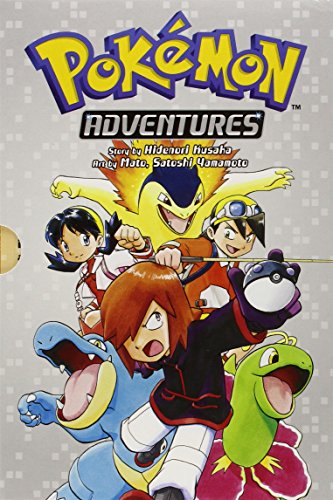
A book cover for Pokemon Adventures Gold & Silver Box Set (set includes Vol. 8-14); Hidenori Kusaka; Comics & Graphic Novels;